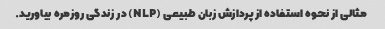
مثالی از نحوه استفاده از پردازش زبان طبیعی (NLP) در زندگی روزمره بیاورید.